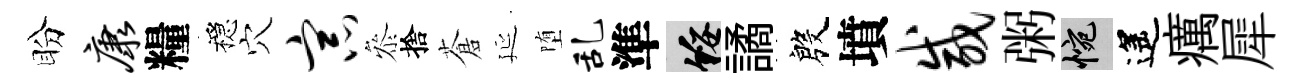
盼康糧穩穴宗叅捨蒼延堕乱準綏譎殷墳咸粥惋遙癘犀